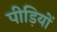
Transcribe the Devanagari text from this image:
पीड़ियों